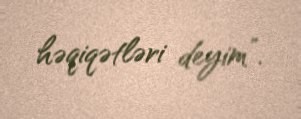
həqiqətləri deyim”.